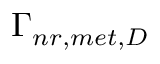
\Gamma _ { n r , m e t , D }